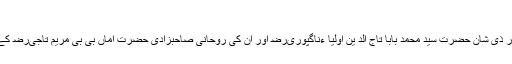
ویب سائٹ کی اہمیت
TajBaba.com کا قیام اللہ تعالیٰ کی رحمت اور ذی شان حضرت سید محمد بابا تاج الد ین اولیا ءناگپوریﺭﺿ اور ان کی روحانی صاحبزادی حضرت اماں بی بی مریم تاجیﺭﺿ کے خاص کرم سے امہ تاجیہ کی ابتدائی کاوش ہے۔